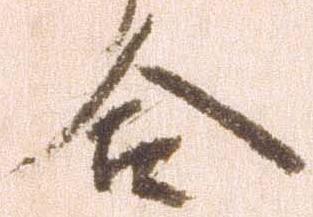
合